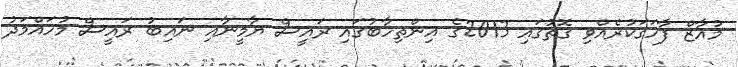
މުއާޒް ފާހަގަކުރެއްވި ގޮތުގައި 2013ގެ އިންތިހާބުގައި ރައީސް ޔާމީނާއި ނައިބު ރައީސް މުހައްމަދު